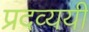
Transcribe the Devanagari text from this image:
प्रदव्ययी